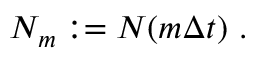
\begin{array} { r } { N _ { m } : = N ( m \Delta t ) \ . } \end{array}